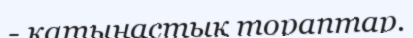
- қатынастық тораптар.